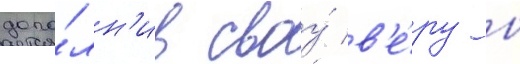
допо́лн'ив своу́ в'е́ру в